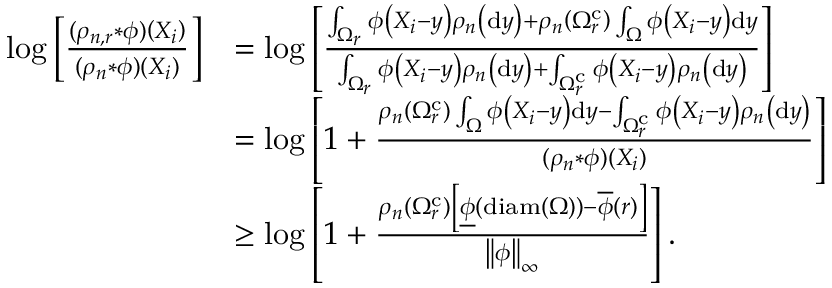
\begin{array} { r l } { \log \left[ \frac { ( \rho _ { n , r } * \phi ) \left( X _ { i } \right) } { ( \rho _ { n } * \phi ) \left( X _ { i } \right) } \right] } & { = \log \left[ \frac { \int _ { \Omega _ { r } } \phi \left( X _ { i } - y \right) \rho _ { n } \left( \mathrm { d } y \right) + \rho _ { n } \left( \Omega _ { r } ^ { \mathrm { c } } \right) \int _ { \Omega } \phi \left( X _ { i } - y \right) \mathrm { d } y } { \int _ { \Omega _ { r } } \phi \left( X _ { i } - y \right) \rho _ { n } \left( \mathrm { d } y \right) + \int _ { \Omega _ { r } ^ { \mathrm { c } } } \phi \left( X _ { i } - y \right) \rho _ { n } \left( \mathrm { d } y \right) } \right] } \\ & { = \log \left[ 1 + \frac { \rho _ { n } \left( \Omega _ { r } ^ { \mathrm { c } } \right) \int _ { \Omega } \phi \left( X _ { i } - y \right) \mathrm { d } y - \int _ { \Omega _ { r } ^ { \mathrm { c } } } \phi \left( X _ { i } - y \right) \rho _ { n } \left( \mathrm { d } y \right) } { ( \rho _ { n } * \phi ) \left( X _ { i } \right) } \right] } \\ & { \geq \log \left[ 1 + \frac { \rho _ { n } \left( \Omega _ { r } ^ { \mathrm { c } } \right) \left[ \underline { { \phi } } \left( \mathrm { d i a m } \left( \Omega \right) \right) - \overline { { \phi } } \left( r \right) \right] } { \left\Vert \phi \right\Vert _ { \infty } } \right] . } \end{array}